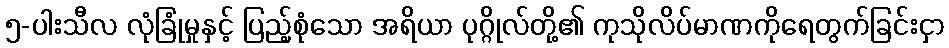
၅-ပါးသီလ လုံခြုံမှုနှင့် ပြည့်စုံသော အရိယာ ပုဂ္ဂိုလ်တို့၏ ကုသိုလိပ်မာဏကိုရေတွက်ခြင်းငှာ